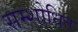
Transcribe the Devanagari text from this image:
सम्शोधित